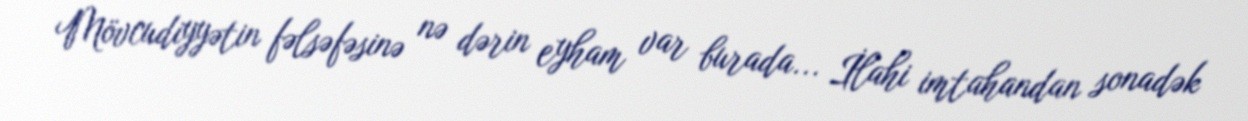
Mövcudiyyətin fəlsəfəsinə nə dərin eyham var burada... İlahi imtahandan sonadək